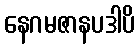
နေဂမဇာနပဒါပိ